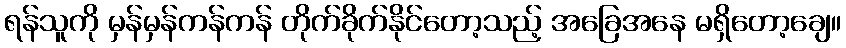
ရန်သူကို မှန်မှန်ကန်ကန် တိုက်ခိုက်နိုင်တော့သည့် အခြေအနေ မရှိတော့ချေ။